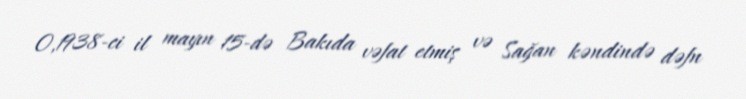
O,1938‐ci il mayın 15‐də Bakıda vəfat etmiş və Sağan kəndində dəfn